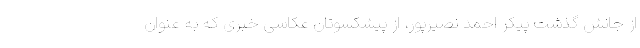
از جانش گذشت پیکر احمد نصیرپور، از پیشکسوتان عکاسی خبری که به عنوان